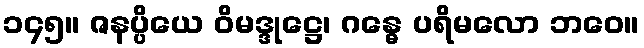
၁၄၅။ ဇနပ္ပိယေ ဝိမဒ္ဒုဋ္ဌေ၊ ဂန္ဓေ ပရိမလော ဘဝေ။